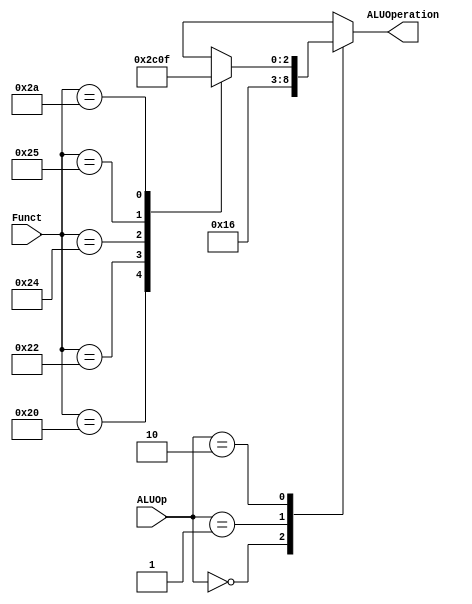
module alu_ctl(ALUOp, Funct, ALUOperation);
    input [1:0] ALUOp;
    input [5:0] Funct;
    output [2:0] ALUOperation;
    reg    [2:0] ALUOperation;

    // symbolic constants for instruction function code
    parameter F_add = 6'd32;
    parameter F_sub = 6'd34;
    parameter F_and = 6'd36;
    parameter F_or  = 6'd37;
    parameter F_slt = 6'd42;

    // symbolic constants for ALU Operations
    parameter ALU_add = 3'b010;
    parameter ALU_sub = 3'b110;
    parameter ALU_and = 3'b000;
    parameter ALU_or  = 3'b001;
    parameter ALU_slt = 3'b111;

    always @(ALUOp or Funct)
    begin
        case (ALUOp) 
            2'b00 : ALUOperation = ALU_add;
            2'b01 : ALUOperation = ALU_sub;
            2'b10 : case (Funct) 
                        F_add : ALUOperation = ALU_add;
                        F_sub : ALUOperation = ALU_sub;
                        F_and : ALUOperation = ALU_and;
                        F_or  : ALUOperation = ALU_or;
                        F_slt : ALUOperation = ALU_slt;
                        default ALUOperation = 3'bxxx;
                    endcase
            default ALUOperation = 3'bxxx;
        endcase
    end
endmodule